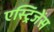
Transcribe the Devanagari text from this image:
एस्ट्रिंजेंस